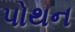
પોથન